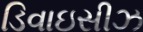
ડિવાઇસીઝ